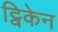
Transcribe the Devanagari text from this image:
ट्विकेन